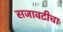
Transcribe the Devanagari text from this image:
सजावटीचा